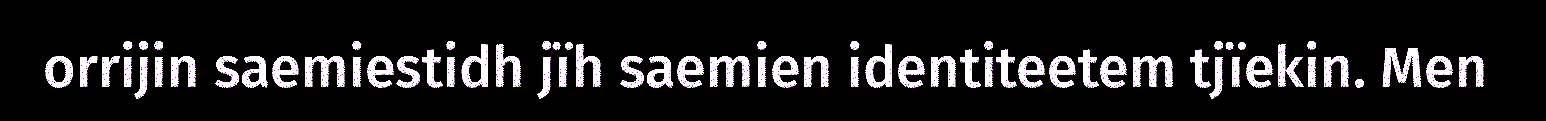
orrijin saemiestidh jïh saemien identiteetem tjïekin. Men